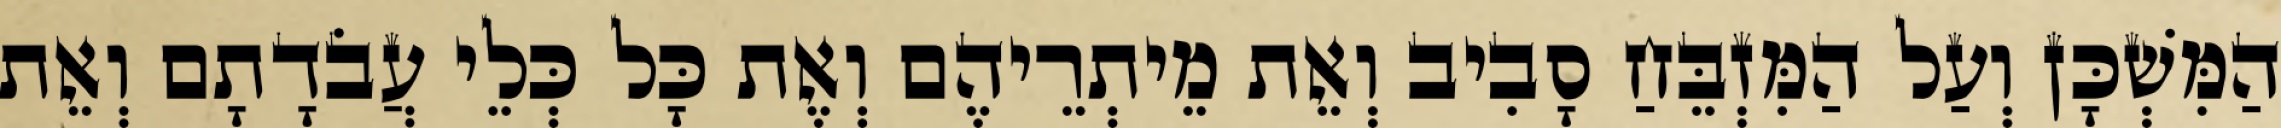
הַמִּשְׁכָּן וְעַל הַמִּזְבֵּחַ סָבִיב וְאֵת מֵיתְרֵיהֶם וְאֶת כָּל כְּלֵי עֲבֹדָתָם וְאֵת